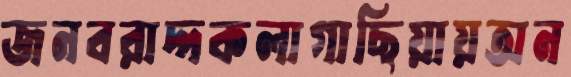
জনবরাদ্দকলাগাছিয়ায়অন